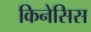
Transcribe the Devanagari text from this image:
किनेसिस